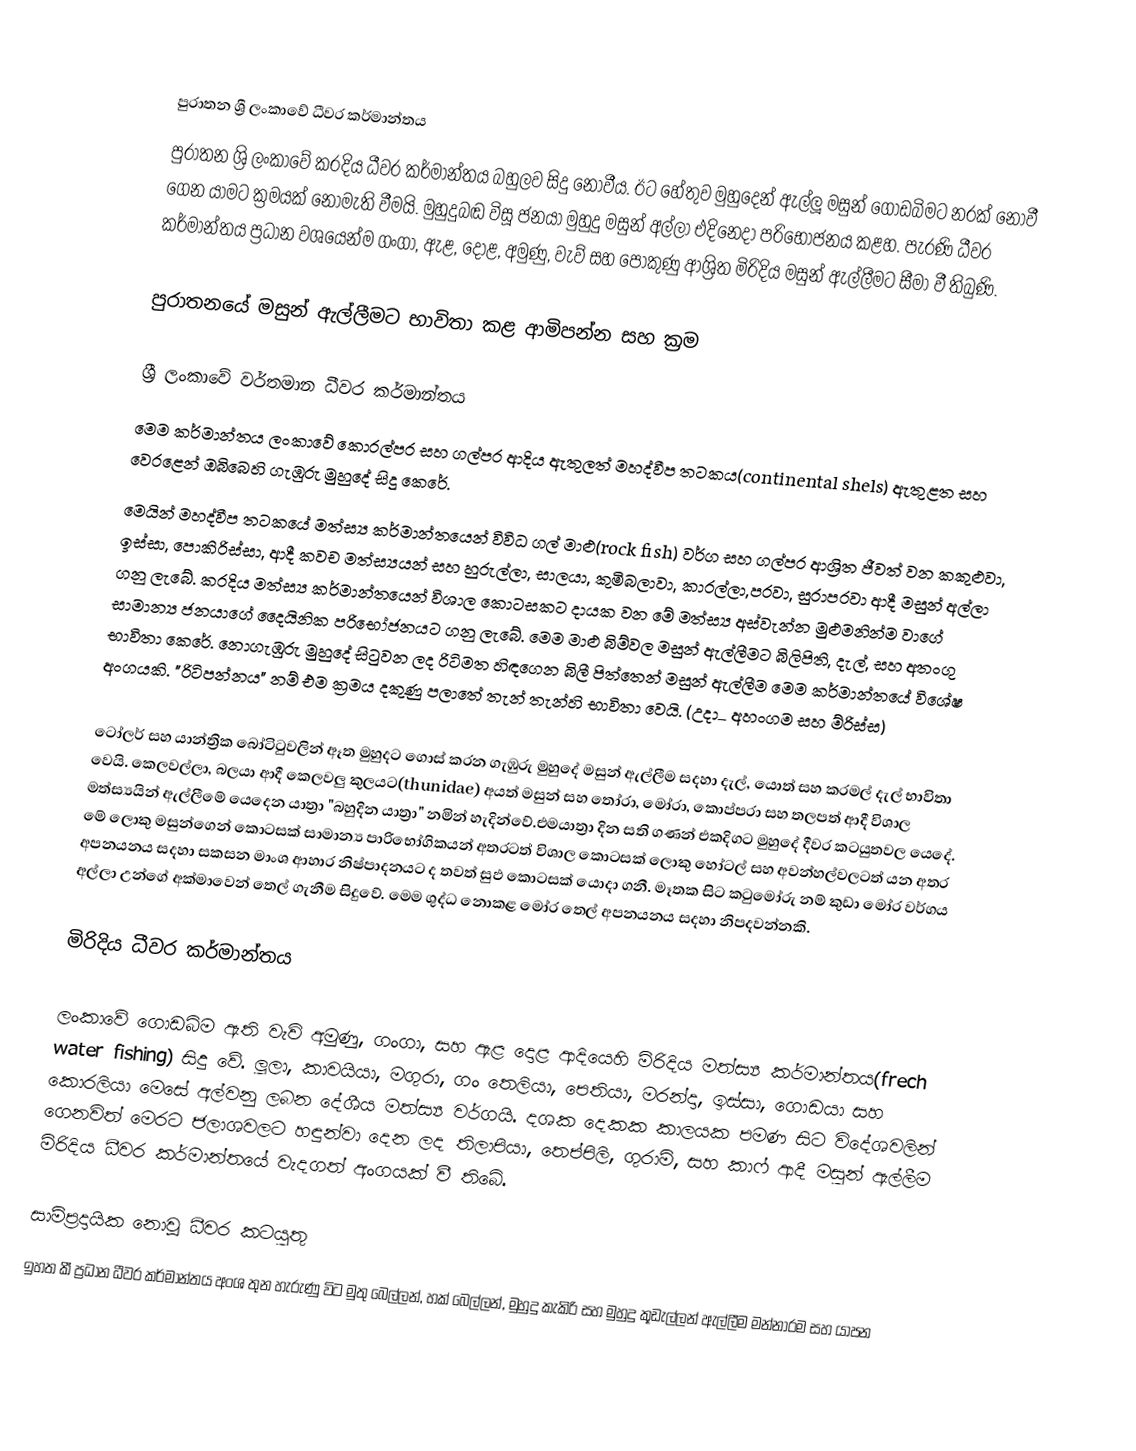

පුරාතන ශ්‍රී ලංකාවේ ධීවර කර්මාන්තය
පුරාතන ශ්‍රි ලංකාවේ   කරදිය ධීවර කර්මාන්තය බහුලව සිදු නොවීය. ඊට හේතුව මුහුදෙන් ඇල්ලූ මසුන් ගොඩබිමට නරක් නොවී ගෙන යාමට ක්‍රමයක් නොමැති වීමයි. මුහුදුබඬ විසූ ජනයා මුහුදු මසුන් අල්ලා එදිනෙදා පරි‍භෝජනය කළහ. පැරණි ධීවර කර්මාන්තය ප්‍රධාන වශයෙන්ම ගංගා, ඇළ, දොළ, අමුණු, වැව් සහ පොකුණු ආශ්‍රිත මිරිදිය මසුන් ඇල්ලීමට සීමා වී තිබුණි.

පුරාතනයේ මසුන් ඇල්ලීමට භාවිතා කළ ආමිපන්න සහ ක්‍රම

ශ්‍රී ලංකාවේ වර්තමාන ධීවර කර්මාන්තය
මෙම කර්මාන්තය ලංකාවේ කොරල්පර සහ ගල්පර ආදිය ඇතුලත් මහද්වීප තටකය(continental shels) ඇතුළත සහ වෙරළෙන් ඔබිබෙහි ගැඹුරු මුහුදේ සිදු කෙරේ.
මෙයින් මහද්වීප තටකයේ මත්ස්‍ය කර්මාන්තයෙන් විවිධ ගල් මාළු(rock fish) වර්ග සහ ගල්පර ආශ්‍රිත ජීවත් වන කකුළුවා, ඉස්සා, පොකිරිස්සා, ආදී කවච මත්ස්‍යයන් සහ හුරුල්ලා, සාලයා, කුමිබලාවා, කාරල්ලා,පරවා, සුරාපරවා ආදී මසුන් අල්ලා ගනු ලැබේ. කරදිය මත්ස්‍ය කර්මාන්තයෙන් විශාල ‍කොටසකට දායක වන මේ මත්ස්‍ය අස්වැන්න මුළුමනින්ම වාගේ සාමාන්‍ය ජනයාගේ දෛයිනික පරිභෝජනයට ගනු ලැබේ. මෙම මාළු බිම්වල මසුන් ඇල්ලීමට බිලිපිති, දැල්, සහ අතංගු භාවිතා කෙරේ. නොගැඹුරු මුහුදේ සිටුවන ලද රිටිමත හිඳගෙන බිලී පිත්තෙන් මසුන් ඇල්ලීම මෙම කර්මාන්තයේ විශේෂ අංගයකි. "රිටිපන්නය" නම් එම ක්‍රමය දකුණු පලා‍තේ තැන් තැන්හි භාවිතා වෙයි. (උදා_ අහංගම සහ ම්රිස්ස)

ටෝලර් සහ යාන්ත්‍රික ‍බෝටිටුවලින් ඈත මුහුදට ගොස් කරන ගැඹුරු මුහුදේ මසුන් ඇල්ලීම සදහා දැල්, යොත් සහ කරමල් දැල් භාවිතා වෙයි. කෙලවල්ලා, බලයා ආදී කෙලවලු කුලයට(thunidae) අයත් මසුන් සහ තෝරා, මෝරා, කොප්පරා සහ තලපත් ආදී විශාල මත්ස්‍යයින් ඇල්ලීමේ යෙදෙන යාත්‍රා "බහුදින යාත්‍රා" නමින් හැදින්වේ.එමයාත්‍රා දින සති ගණන් එකදිගට මුහුදේ දීවර කටයුතවල යෙදේ. මේ ලොකු මසුන්ගෙන් කොටසක් සාමාන්‍ය  පාරිභෝගිකයන් අතරටත් විශාල කොටසක් ලොකු හෝටල් සහ අවන්හල්වලටත් යන අතර අපනයනය සදහා සකසන මාංශ ආහාර නිෂ්පාදනයට ද තවත් සුඵ කොටසක් යොදා ගනී. මෑතක සිට කටුමෝරු නම් කුඩා මෝර වර්ගය අල්ලා උන්ගේ අක්මාවෙන් තෙල් ගැනීම සිදුවේ. මෙම ශුද්ධ නොකළ මෝර තෙල් අපනයනය සදහා නිපදවන්නකි.

මිරිදිය ධීවර කර්මාන්තය

ලංකාවේ ගොඩබිම ඇති වැවි අමුණු, ගංගා, සහ ඇළ දොළ ආදියෙහි මිරිදිය මත්ස්‍ය කර්මාන්තය(frech water fishing) සිදු වේ. ලූලා, කාවයියා, මගුරා, ගං තෙලියා, පෙතියා, මරන්දා, ඉස්සා, ගොඩයා සහ කොරලියා  මෙසේ අල්වනු ලබන දේශීය මත්ස්‍ය වර්ගයි. දශක දෙකක කාලයක පමණ සිට විදේශවලින් ගෙනවිත් මෙරට ජලාශවලට හඳුන්වා දෙන ලද තිලාපියා, තෙප්පිලි, ගුරාමි, සහ කාෆ් ආදී මසුන් ඇල්ලීම මිරිදිය ධීවර කර්මාන්තයේ වැදගත් අංගයක් වී තිබේ.

සාම්ප්‍රදායික නොවූ ධීවර කටයුතු
ඉහත කී ප්‍රධාන ධීවර කර්මාන්තය අංශ තුන හැරුණු විට මුතු බෙල්ලන්, හක් බෙල්ලන්, මුහුදු කැකිරි සහ මුහුදු කූඩැල්ලන් ඇල්ලීම මන්නාරම සහ යාපන